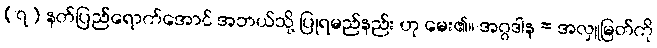
(၇) နတ်ပြည်ရောက်အောင် အဘယ်သို့ ပြုရမည်နည်း ဟု မေး၏။ အဂ္ဂဒါန = အလှူမြတ်ကို